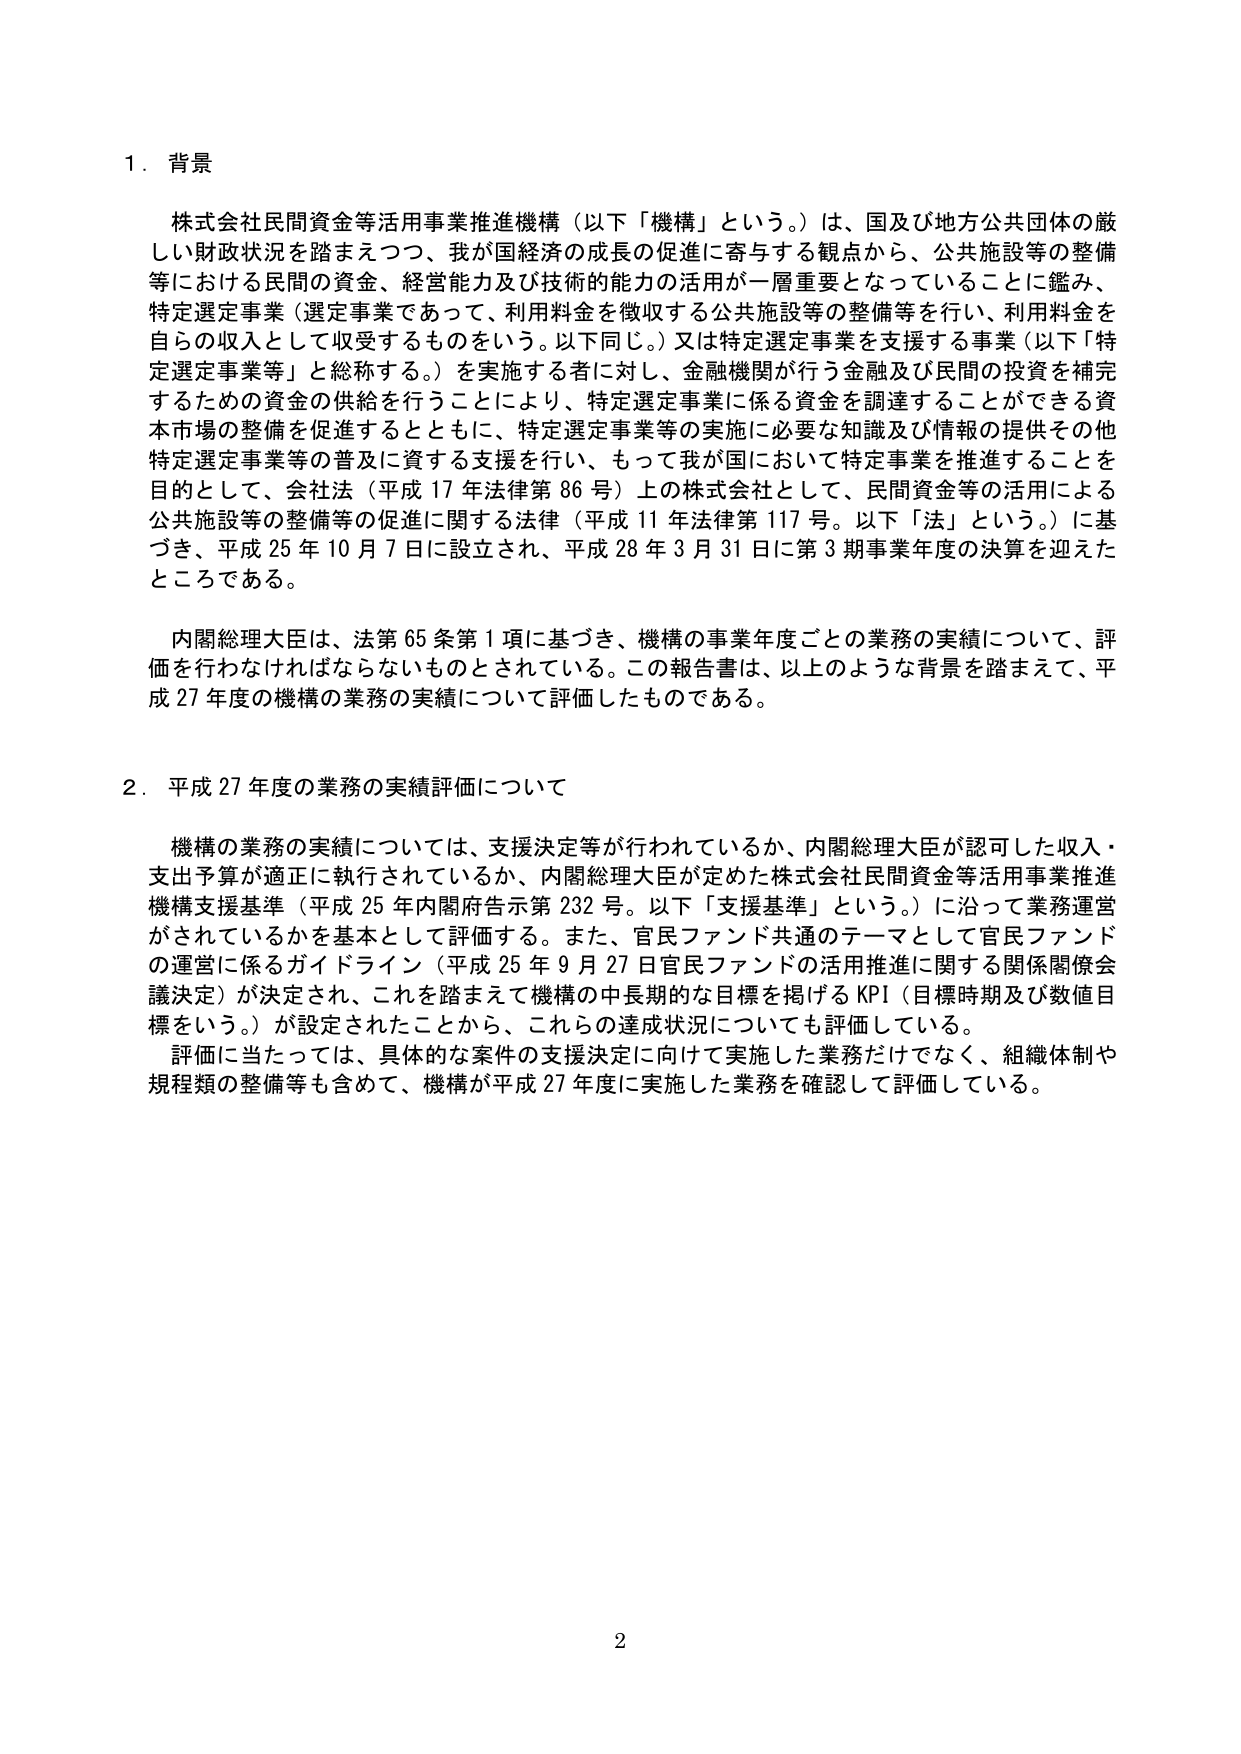
1．背景

株式会社民間資金等活用事業推進機構（以下「機構」という。）は、国及び地方公共団体の厳しい財政状況を踏まえつつ、我が国経済の成長の促進に寄与する観点から、公共施設等の整備等における民間の資金、経営能力及び技術的能力の活用が一層重要となっていることに鑑み、特定選定事業（選定事業であって、利用料金を徴収する公共施設等の整備等を行い、利用料金を自らの収入として収受するものをいう。以下同じ。）又は特定選定事業を支援する事業（以下「特定選定事業等」と総称する。）を実施する者に対し、金融機関が行う金融及び民間の投資を補完するための資金の供給を行うことにより、特定選定事業に係る資金を調達することができる資本市場の整備を促進するとともに、特定選定事業等の実施に必要な知識及び情報の提供その他特定選定事業等の普及に資する支援を行い、もって我が国において特定事業を推進することを目的として、会社法（平成17年法律第86号）上の株式会社として、民間資金等の活用による公共施設等の整備等の促進に関する法律（平成11年法律第117号。以下「法」という。）に基づき、平成25年10月7日に設立され、平成28年3月31日に第3期事業年度の決算を迎えたところである。

内閣総理大臣は、法第65条第1項に基づき、機構の事業年度ごとの業務の実績について、評価を行わなければならないものとされている。この報告書は、以上のような背景を踏まえて、平成27年度の機構の業務の実績について評価したものである。

2．平成27年度の業務の実績評価について

機構の業務の実績については、支援決定等が行われているか、内閣総理大臣が認可した収入・支出予算が適正に執行されているか、内閣総理大臣が定めた株式会社民間資金等活用事業推進機構支援基準（平成25年内閣府告示第232号。以下「支援基準」という。）に沿って業務運営がされているかを基本として評価する。また、官民ファンド共通のテーマとして官民ファンドの運営に係るガイドライン（平成25年9月27日官民ファンドの活用推進に関する関係閣僚会議決定）が決定され、これを踏まえて機構の中長期的な目標を掲げるKPI（目標時期及び数値目標をいう。）が設定されたことから、これらの達成状況についても評価している。

評価に当たっては、具体的な案件の支援決定に向けて実施した業務だけでなく、組織体制や規程類の整備等も含めて、機構が平成27年度に実施した業務を確認して評価している。

2